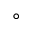
\circ